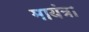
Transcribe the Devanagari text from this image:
मायंत्रा